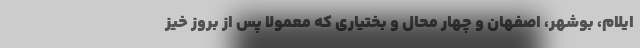
ایلام، بوشهر، اصفهان و چهار محال و بختیاری که معمولاً پس از بروز خیز